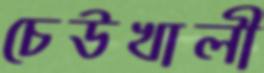
চেউখালী